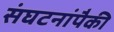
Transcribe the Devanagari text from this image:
संघटनांपैकी